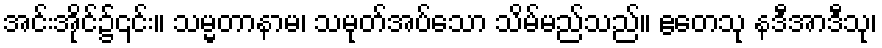
အင်းအိုင်၌၎င်း။ သမ္မတာနာမ၊ သမုတ်အပ်သော သိမ်မည်သည်။ ဧတေသု နဒီအာဒီသု၊